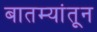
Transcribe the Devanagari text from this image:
बातम्यांतून